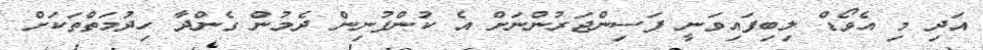
އަދި މި އެވޯޑް ލިބިފައިވަނީ ފަސިންޖަރުންނަށް އެ ކުންފުނިން ދެމުން ގެންދާ ހިދުމަތްތަކަށް